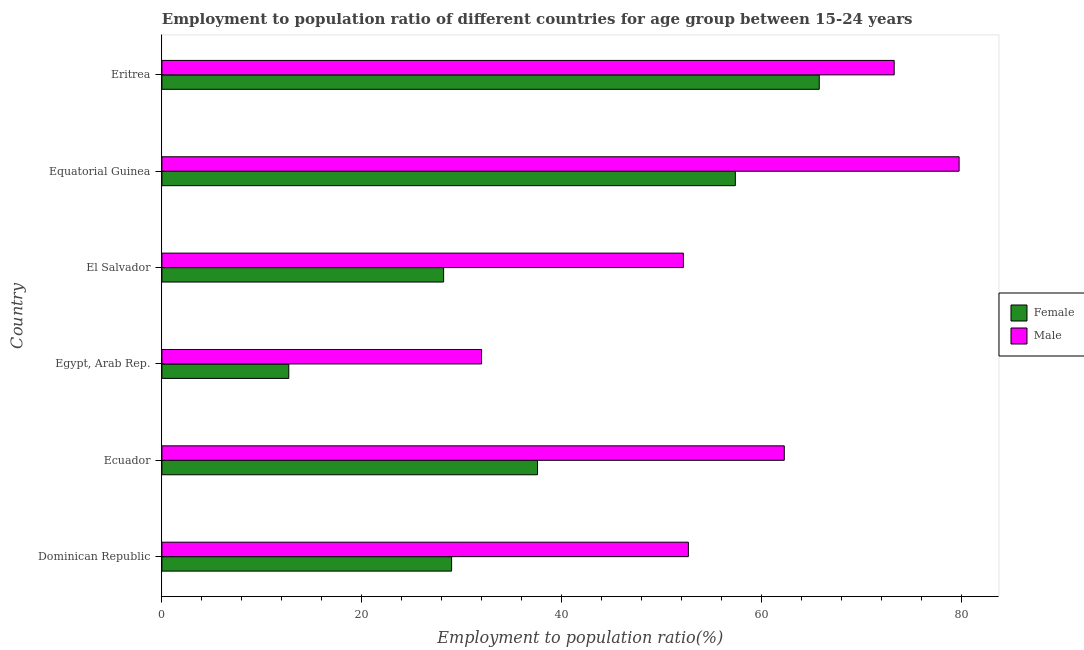
| Country | Female | Male |
 | --- | --- | --- |
 | Dominican Republic | 29 | 52.7 |
 | Ecuador | 37.6 | 62.3 |
 | Egypt, Arab Rep. | 12.7 | 32 |
 | El Salvador | 28.2 | 52.2 |
 | Equatorial Guinea | 57.4 | 79.8 |
 | Eritrea | 65.8 | 73.3 |